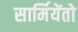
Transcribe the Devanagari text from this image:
सार्मियेंतो